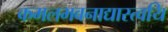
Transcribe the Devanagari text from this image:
कमलभवनाद्यास्त्वयि